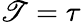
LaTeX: \mathscr{T}=\tau